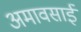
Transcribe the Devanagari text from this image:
अमावसाई